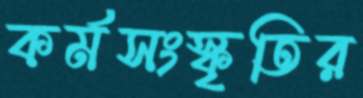
কর্মসংস্কৃতির